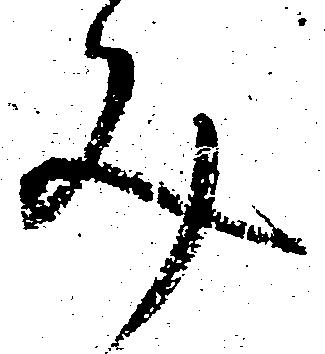
文